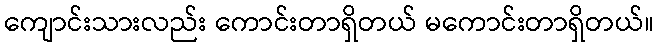
ကျောင်းသားလည်း ကောင်းတာရှိတယ် မကောင်းတာရှိတယ်။